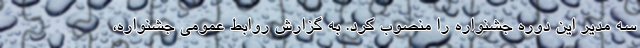
سه مدیر این دوره جشنواره را منصوب کرد. به گزارش روابط عمومی جشنواره،